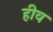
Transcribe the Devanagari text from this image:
हीव